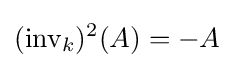
(\operatorname {inv} _{k})^{2}(A)=-A